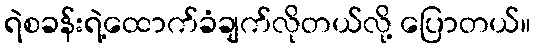
ရဲစခန်းရဲ့ထောက်ခံချက်လိုတယ်လို့ ပြောတယ်။